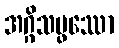
အဂ္ဂိသမ္ဖဿော